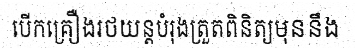
បើកគ្រឿងរថយន្តបំរុងត្រួតពិនិត្យមុននឹង